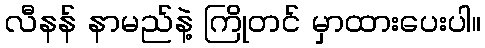
လီနန် နာမည်နဲ့ ကြိုတင် မှာထားပေးပါ။